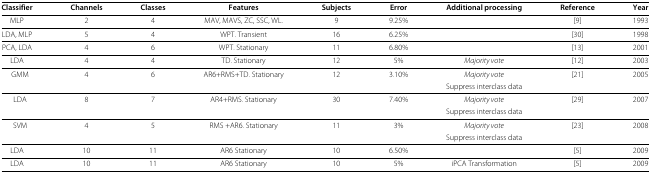
| Classifier | Channels | Classes | Features | Subjects | Error | Additional processing | Reference | Year |
 | --- | --- | --- | --- | --- | --- | --- | --- | --- |
 | MLP | 2 | 4 | MAV, MAVS, ZC, SSC, WL. | 9 | 9.25% |  | [9] | 1993 |
 | LDA, MLP | 5 | 4 | WPT. Transient | 16 | 6.25% |  | [30] | 1998 |
 | PCA, LDA | 4 | 6 | WPT. Stationary | 11 | 6.80% |  | [13] | 2001 |
 | LDA | 4 | 4 | TD. Stationary | 12 | 5% | Majority vote | [12] | 2003 |
 | GMM | 4 | 6 | AR6+RMS+TD. Stationary | 12 | 3.10% | Majority vote | [21] | 2005 |
 |  |  |  |  |  |  | Suppress interclass data |  |  |
 | LDA | 8 | 7 | AR4+RMS. Stationary | 30 | 7.40% | Majority vote | [29] | 2007 |
 |  |  |  |  |  |  | Suppress interclass data |  |  |
 | SVM | 4 | 5 | RMS +AR6. Stationary | 11 | 3% | Majority vote | [23] | 2008 |
 |  |  |  |  |  |  | Suppress interclass data |  |  |
 | LDA | 10 | 11 | AR6 Stationary | 10 | 6.50% |  | [5] | 2009 |
 | LDA | 10 | 11 | AR6 Stationary | 10 | 5% | iPCA Transformation | [5] | 2009 |